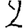
Digit: 2